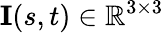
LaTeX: \mathbf{I}(s,t)\in\mathbb{R}^{3\times 3}